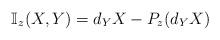
LaTeX: \begin{align*}{\mathbb I}_z(X,Y)=d_YX-P_z(d_YX)\end{align*}